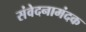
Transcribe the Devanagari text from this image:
संवेदनामंदक